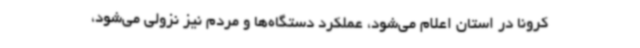
کرونا در استان اعلام می‌شود، عملکرد دستگاه‌ها و مردم نیز نزولی می‌شود،